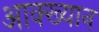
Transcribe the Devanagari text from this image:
आक्ख्यान